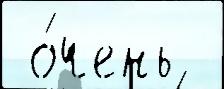
 о́чень